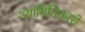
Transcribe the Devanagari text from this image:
ज्यामितिकारों